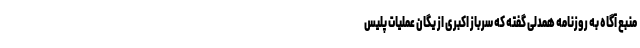
منبع آگاه به روزنامه همدلی گفته که سرباز اکبری از یگان عملیات پلیس